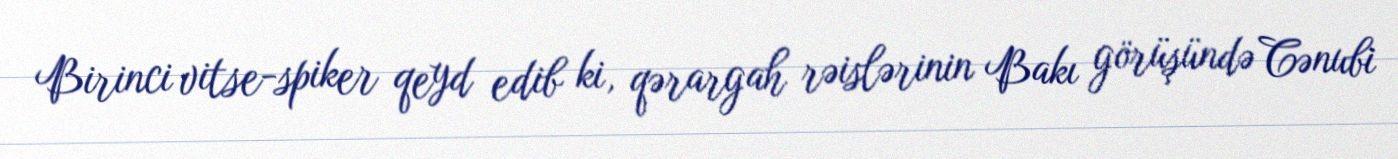
Birinci vitse-spiker qeyd edib ki, qərargah rəislərinin Bakı görüşündə Cənubi